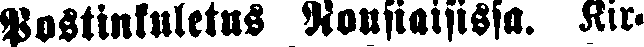
Postinkuletus Nousiaisissa. Kir-